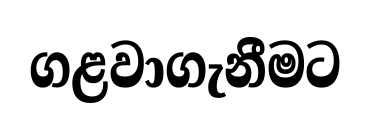
ගළවාගැනීමට